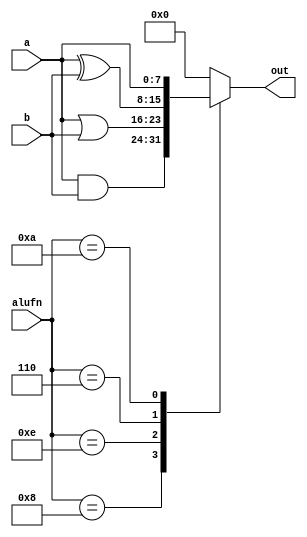
/*
   This file was generated automatically by the Mojo IDE version B1.3.6.
   Do not edit this file directly. Instead edit the original Lucid source.
   This is a temporary file and any changes made to it will be destroyed.
*/

module bool_22 (
    input [3:0] alufn,
    input [7:0] a,
    input [7:0] b,
    output reg [7:0] out
  );
  
  
  
  always @* begin
    
    case (alufn)
      4'h8: begin
        out = a & b;
      end
      4'he: begin
        out = a | b;
      end
      4'h6: begin
        out = a ^ b;
      end
      4'ha: begin
        out = a;
      end
      default: begin
        out = 8'h00;
      end
    endcase
  end
endmodule